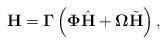
LaTeX: \begin{align*}\mathbf{H} = \mathbf{\Gamma} \left( \mathbf{\Phi} \hat{\mathbf{H}} +\mathbf{\Omega} \tilde{\mathbf{H}} \right),\end{align*}